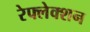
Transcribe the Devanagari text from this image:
रेफ्लेक्शन